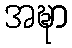
အဍ္ဎာ